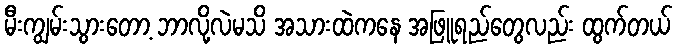
မီးကျွမ်းသွားတော့ ဘာလို့လဲမသိ အသားထဲကနေ အဖြူရည်တွေလည်း ထွက်တယ်